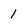
Character: 1